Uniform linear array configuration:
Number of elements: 4
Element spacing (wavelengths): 1
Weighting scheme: kaiser
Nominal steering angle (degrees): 0
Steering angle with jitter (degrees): -0.3737
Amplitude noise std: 0.05
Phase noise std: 0.05

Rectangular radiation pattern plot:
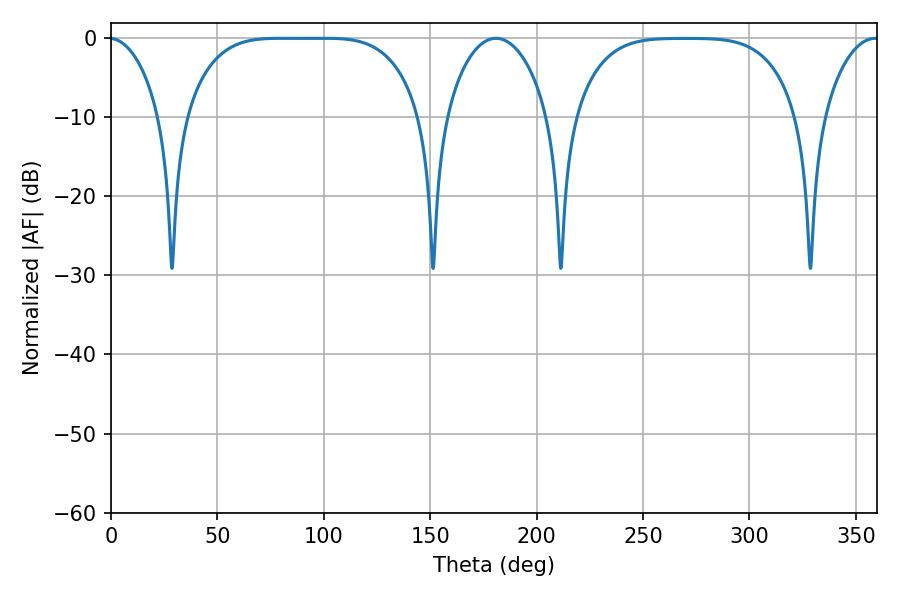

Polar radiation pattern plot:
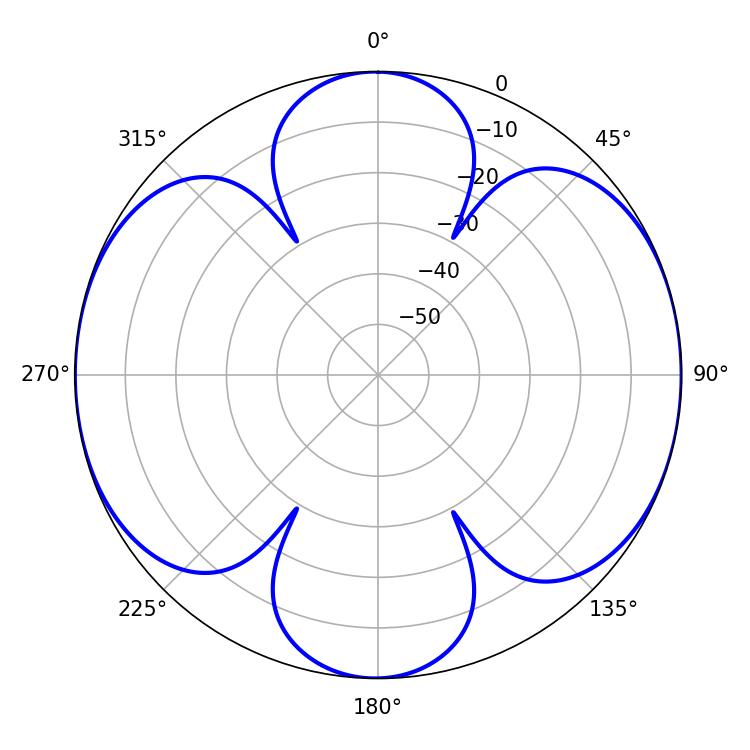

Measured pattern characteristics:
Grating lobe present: TRUE
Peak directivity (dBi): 14.228
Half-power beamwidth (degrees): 83.88
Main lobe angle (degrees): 79.74